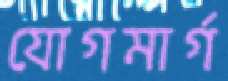
যোগমার্গ